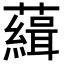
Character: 𧁭